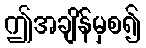
ဤအချိန်မှစ၍